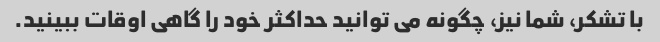
با تشکر، شما نیز، چگونه می توانید حداکثر خود را گاهی اوقات ببینید.